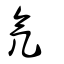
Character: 氕